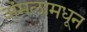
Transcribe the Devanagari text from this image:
अंमलामधून